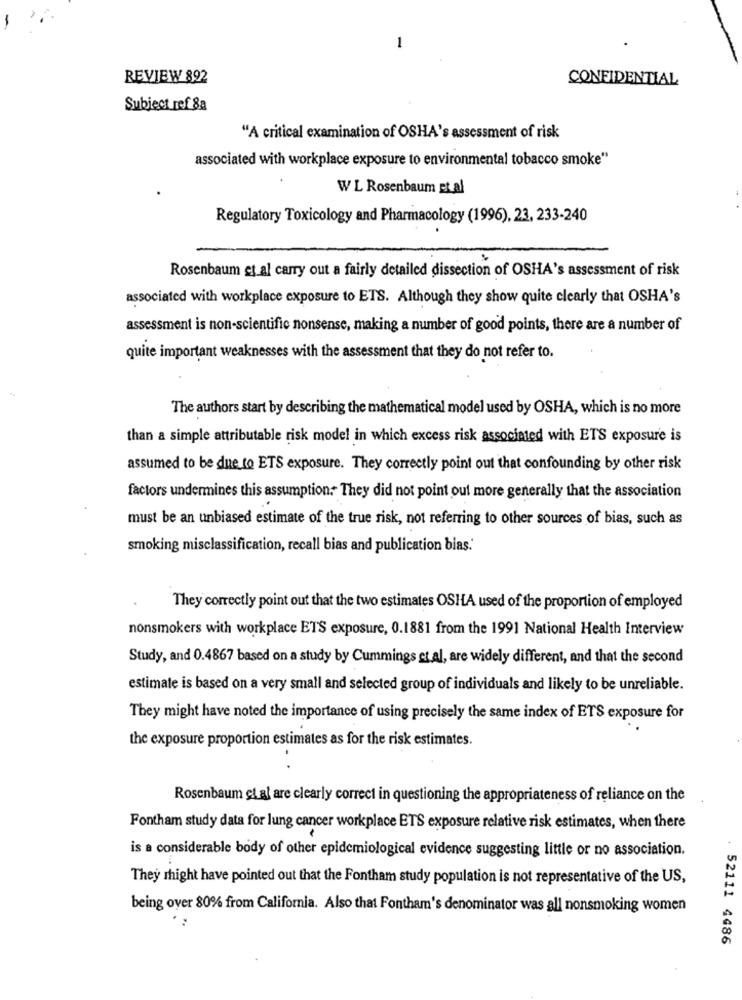
-
REVIEW 892
CONFIDENTIAL
Subject ref 8a
"A critical examination of OSHA's assessment of risk
associated with workplace exposure to environmental tobacco smoke"
W L Rosenbaum et al
Regulatory Toxicology and Pharmacology (1996), 23, 233-240
Rosenbaum et al carry out a fairly detailed dissection of OSHA's assessment of risk
associated with workplace exposure to ETS. Although they show quite clearly that OSHA's
assessment is non-scientific nonsense, making a number of good points, there are a number of
quite important weaknesses with the assessment that they do not refer to.
The authors start by describing the mathematical model used by OSHA, which is no more
than a simple attributable risk model in which excess risk associated with ETS exposure is
assumed to be due to ETS exposure. They correctly point out that confounding by other risk
factors undermines this assumption. They did not point out more generally that the association
must be an unbiased estimate of the true risk, not referring to other sources of bias, such as
smoking misclassification, recall bias and publication bias.'
They correctly point out that the two estimates OSHA used of the proportion of employed
nonsmokers with workplace ETS exposure, 0.1881 from the 1991 National Health Interview
Study, and 0.4867 based on a study by Cummings et al, are widely different, and that the second
estimate is based on a very small and selected group of individuals and likely to be unreliable.
They might have noted the importance of using precisely the same index of ETS exposure for
the exposure proportion estimates as for the risk estimates.
Rosenbaum et al are clearly correct in questioning the appropriateness of reliance on the
Fontham study data for lung cancer workplace ETS exposure relative risk estimates, when there
is a considerable body of other epidemiological evidence suggesting little or no association.
They might have pointed out that the Fontham study population is not representative of the US,
being over 80% from California. Also that Fontham's denominator was all nonsmoking women
52111 4486